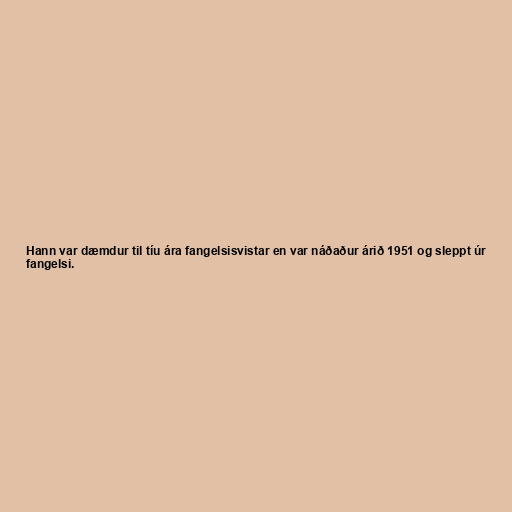
Hann var dæmdur til tíu ára fangelsisvistar en var náðaður árið 1951 og sleppt úr
fangelsi.